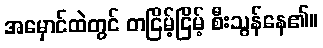
အမှောင်ထဲတွင် တငြိမ့်ငြိမ့် စီးသွန်နေ၏။